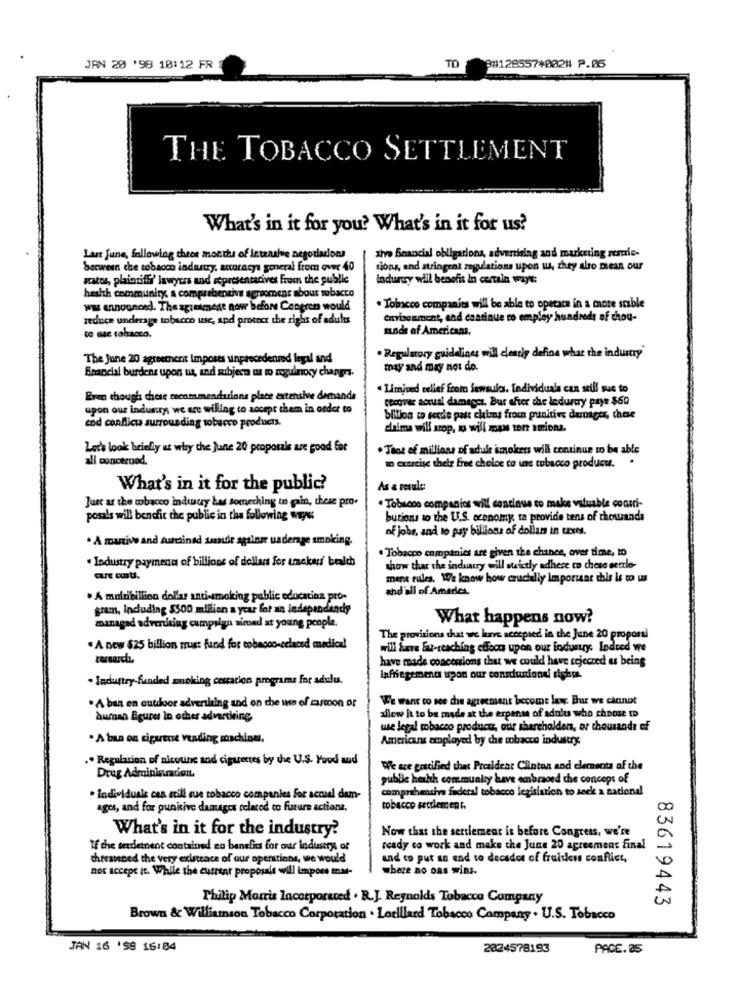
TO
JAN 20 '98 18:12 FR
8#128557+002# P.05
THE TOBACCO SETTLEMENT
What's in it for you? What's in it for us?
ahvo Boancial obligariona, advertising and marketing resurle-
Laur fune, following three months of intensive negotiations
between the tobacco industry, accoracya general from over 40
tions, and stringent regulations upon us, they also mean our
aratos, plaintiffi' lawyers and representatives from the public
Indurry will benefit in certain ways:
health community, a comprehensive agromens abour mubacco
ww announced. The agresmene now Sefont Congren would
* Toincco companies will be able to operace in a more stable
reduce underage tobacco use, and proter the right of adults
environment, and continue to employ hundreds of chou-
sunde of Americans,
to me tabacco.
The June 20 agreement Imposes unprecedented legal and
. Regulatory guidelines will clearly define what the industry'
may and may not do.
Bnancial burdens upon us, and subject mu mo aguinocy changes.
. Limited relief from fewsulos. Todividuals can still sus to
Eren though chese meammendarians place extensive demande
recover actual damager. But after che leduray paye $60
upon our industry, we are willing to accept them in order to
cod conflict surrounding tobacco products.
biition to sertle past claims from punitive dertages, these
daima will stop, mo will man tone ations.
Let's look briefly at why the Jane 20 proporals are good for
. That of millions of adule ismokers will continue to be able
all concerned.
m exercise their free choice to une tobacco producu.
What's in it for the public?
As & resale
Just as the wobacco industry has something in pain, these pro.
· Tobacco companies will continue to make valuable consci-
posals will benefit the public in the following ways
butions to the U.S. economy ta provide tens of thousands
of jobs, and to pay billions of dollars in taxes.
. A mutive and sundinsd saande againme underage smoking.
. Tobacco companies are given the chance, over time, to
. Industry payment of billions of dollars for unckasi' bealth
show that the industry will strictly adhere to these settle-
mens eules. We know how crucially important this is to us
and'all of America,
. A multibillion dollar anti-smoking public education pro-
gram, including $500 million a year for an independandy
managad advertising campaign aimed at young people.
What happens now?
The provisions that we have accepted in the June 20 proposti
. A new $25 billion trust fund for cobaooo-celaced medical
will have fu-reaching cfloon upon our industry Indeed we
have made concessions that we could have rejected es being
· Industry-funded smoking cessation programe for adulu.
Infringement upon our consdunione! siphon.
We want to see che agreement become law. But we cannot
. A ban en outdoor advertising and on the use of cartoon of
human figures in oches advertising
allow ht to be made at the expense of adolu who choose to
use legal mbacco products, our shareholder, or thousands of
· A ban on cigarenie vending machines.
Americans employed by che tobacco industry.
.. Regulation of nicotine and cigarettes by the U.S. Food and
We sce gocified that President Clinton and clemnecta af the
Drug Administration
public health communlty have embraced the concept of
comprehensive faderal tobacco legislation to seek a nadienal
· individuale cen still sue tobacco companies for actual dem-
agos, and for punitive damages celacod co fuzure actione.
tobacco settlement.
What's in it for the industry?
Now that the sertlement is before Congress, we're
If che serdetnent contained no benefits for our industry of
ready to work and make the June 20 agreement final
threatened the very existence of our operations, we would
and to put an end to decades of fruidens conflict,
not accept it. While the current proposals will impose mar-
where no oas wins.
Philip Morris lacorporaced . R.J. Reynolds Tobacco Company
83619443
Brown & Williamson Tobacco Corporation . Lorillard Tobacco Company . U.S. Tobacco
JAN 16 '99 16:04
2024578193
PACE.05